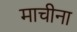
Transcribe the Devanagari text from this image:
माचीना